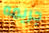
جريمه